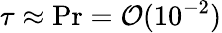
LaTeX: \tau\approx\mathrm{Pr}=\mathcal{O}(10^{-2})